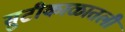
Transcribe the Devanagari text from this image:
सुटीकाळातली